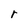
Character: r